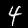
Digit: 4